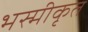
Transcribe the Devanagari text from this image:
भस्मीकृत